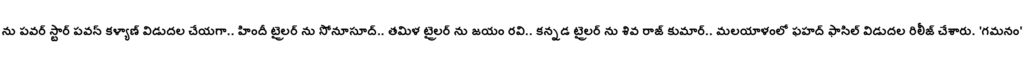
ను పవర్ స్టార్ పవన్ కళ్యాణ్ విడుదల చేయగా.. హిందీ ట్రైలర్ ను సోనూసూద్.. తమిళ ట్రైలర్ ను జయం రవి.. కన్నడ ట్రైలర్ ను శివ రాజ్ కుమార్.. మలయాళంలో ఫహద్ ఫాసిల్ విడుదల రిలీజ్ చేశారు. 'గమనం'